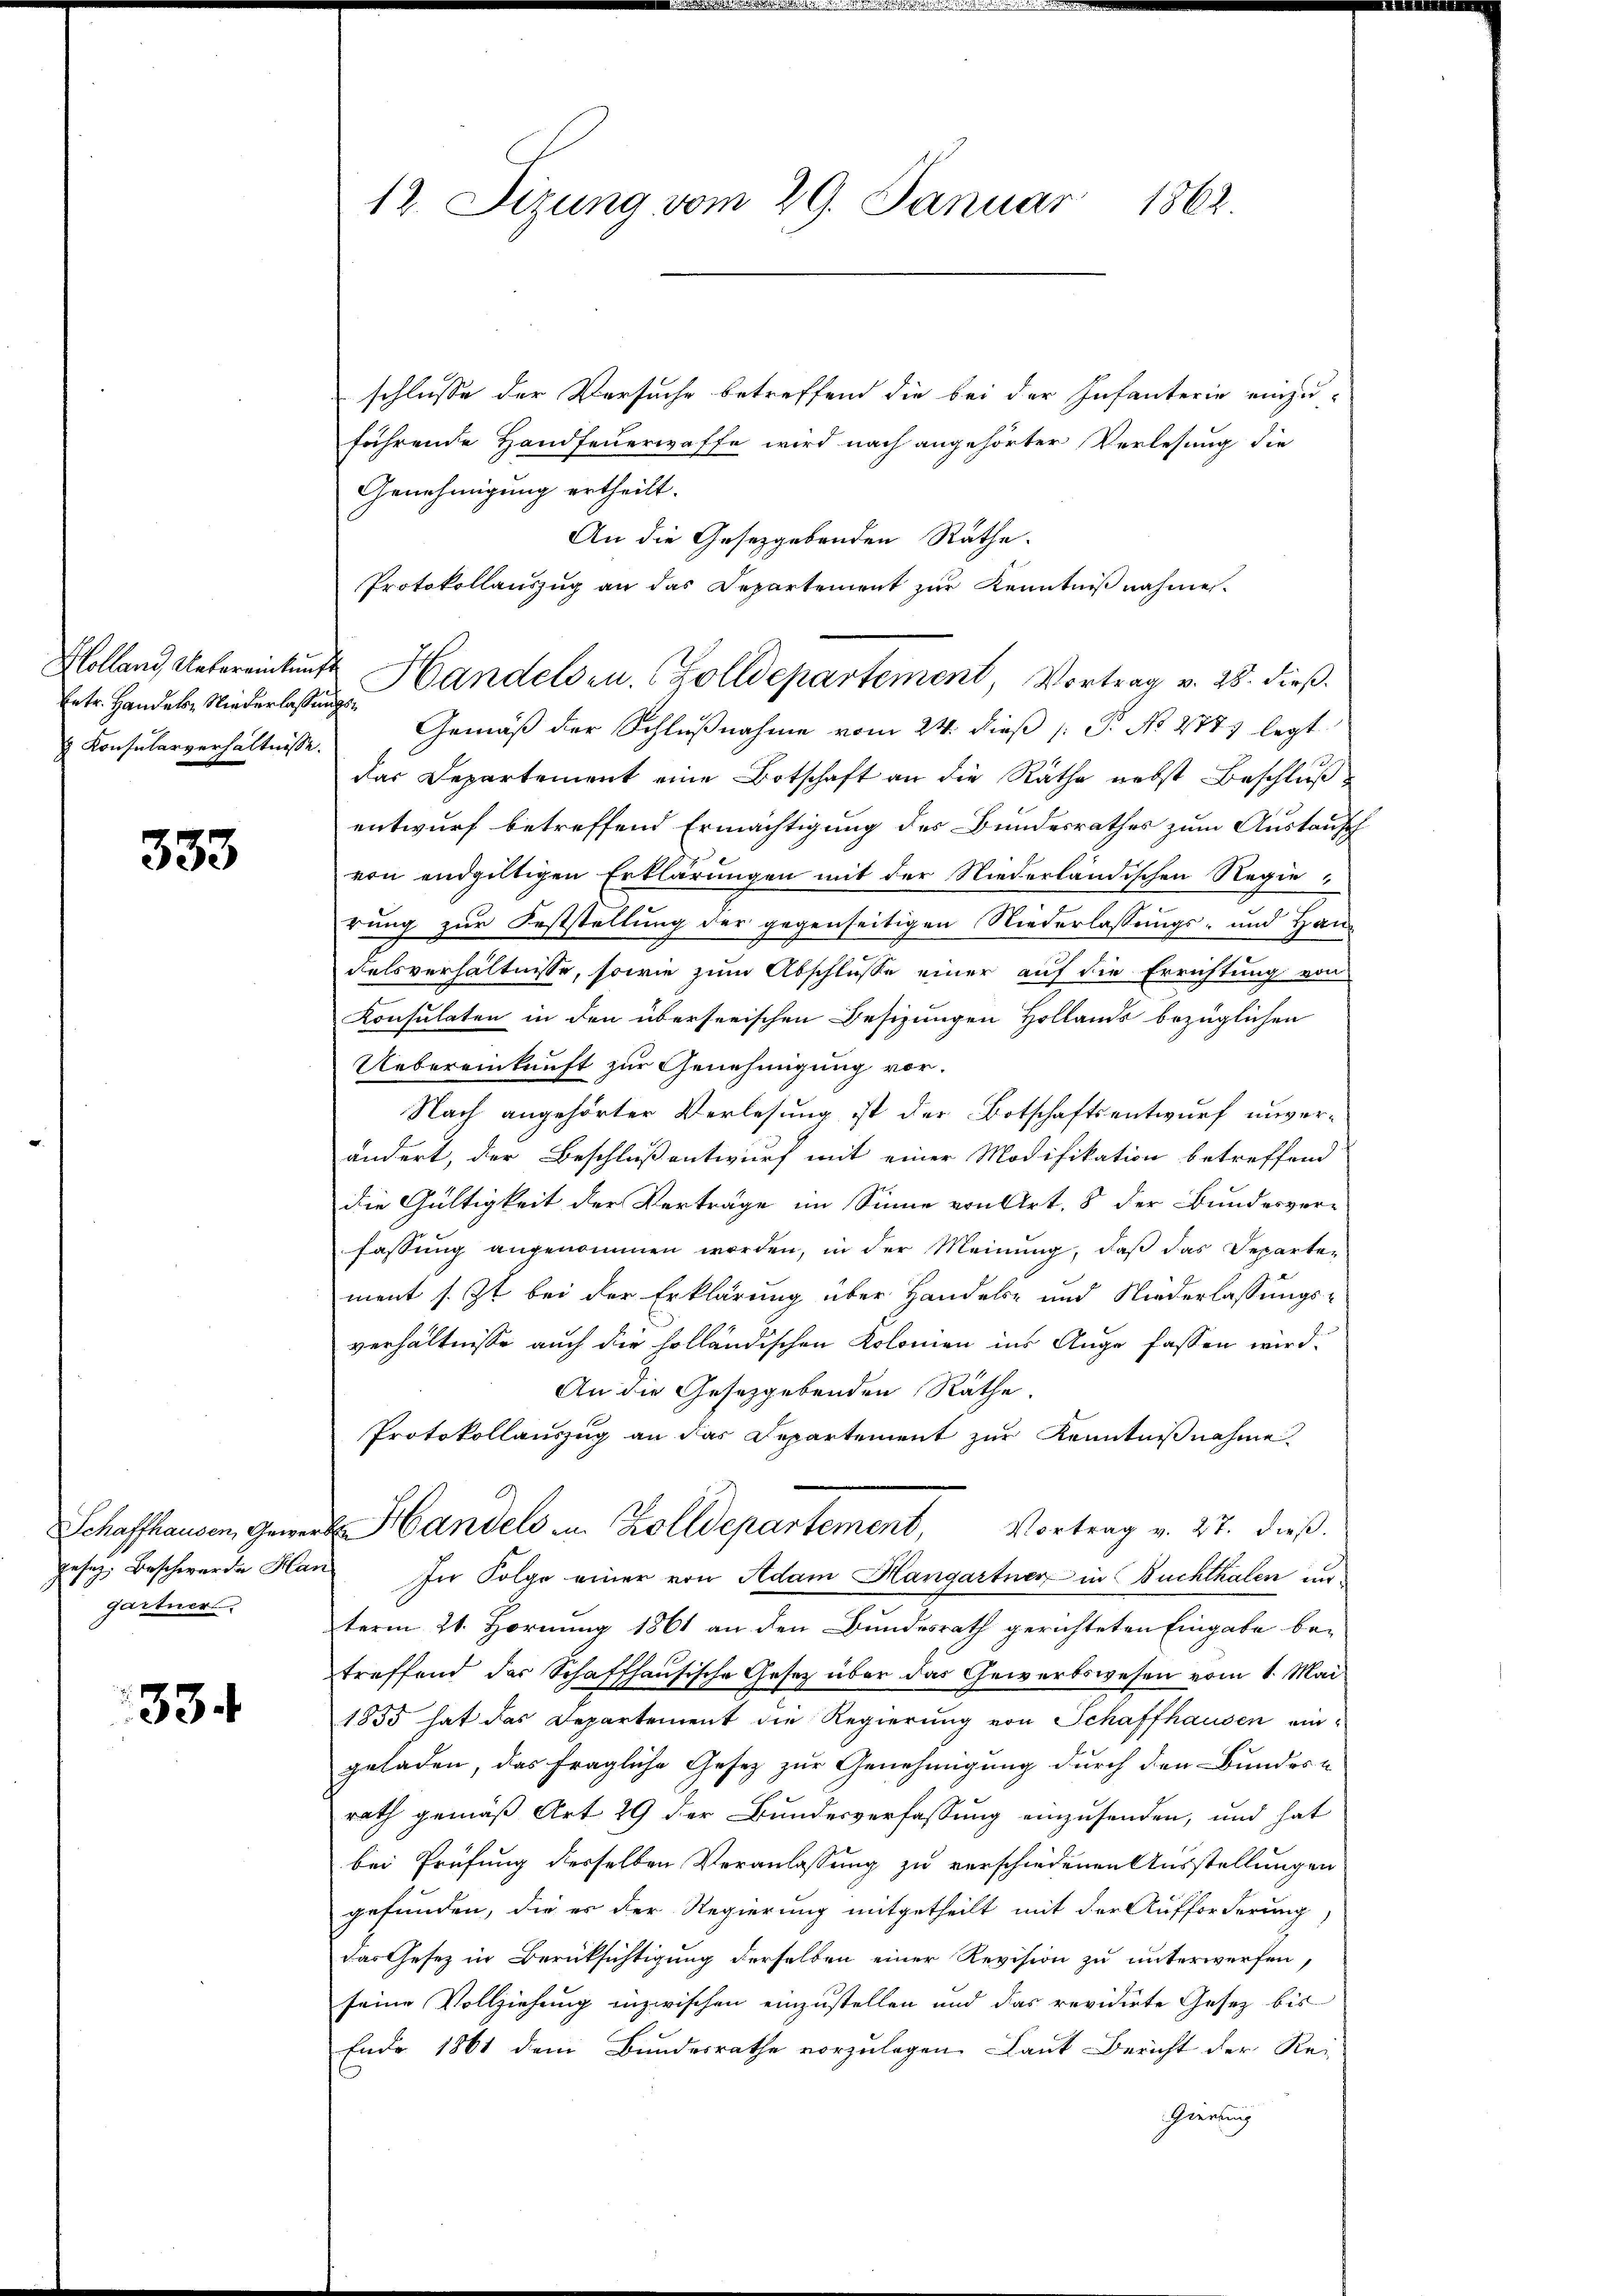
Holland Uebereinkung
Ertr. Handels Niederlassung
 Konsularverhältnisse.

333

Schaffhausen, Gewer
gesez Beschwerde Har
gartner

334

1863.
12. Sizung vom 29. Januar

schlusse der Versuche betreffend die bei der Infanterie einzu-
führende Handfeuerwaffe wird nach angehörter Verlesung die
Genehmigung ertheilt.
An die Gesetzgebenden Räthe.
Protokollauszug an das Departement zur Kenntnißnahmen.
hr
Gemäß der Schlußnahme vom 24. dieß P. No 2777 legt
das Departement eine Botschaft an die Räthe nebst Beschluß
entwurf betreffend Ermächtigung des Bundesrathes zum Austausch
von endgültigen Erklärungen mit der Niederländischen Regierung zur Feststellung der gegenseitigen Niederlassungs- und Han¬
Felsverhältnisse, sowie zum Abschlusse einer auf die Errichtung von
Konsulaten in den überseeischen Besizungen Hollands bezüglichen
Uebereinkunft zur Genehmigung vor¬
Nach angehörter Verlesung ist der Botschaftsentwurf unverändert, der Beschluß entwurf mit einer Modifikation betreffend
die Gültigkeit der Verträge im Sinne von Art. 8 der Bundesverfassŭng angenommen worden, in der Meinŭng, daβ das Departement s. Zt. bei der Erklärung über Handels- und Niederlassungs-
verhältnisse auch die holländischen Kolomen ins Auge fassen wird.
An die Gesetzgebenden Räthe.
Protokollauszug an das Departement zur Kenntnißnahme
Handels u. Zolldepartement, Vortrag v. 27. dieß.
In Folge einer von Adam Hangartner in Buchthalen un
term 21. Hornung 1861 an den Bundesrath gerichteten Eingabe be-
treffend der Schaffhausische Gesetz über das Gewerbswesen vom 1. Mai
1855 hat das Departement die Regierung von Schaffhausen ein
geladen, das fragliche Gesez zur Genehmigung durch den Bundes-
rath gemäß Art 29 der Bundesverfassung einzusenden, und hat
bei Prüfung desselben Veranlassung zu verschiedenen Ausstellungen
gefunden, die es der Regierung mitgetheilt mit der Aufforderung
das Gesetz in Berücksichtigung derselben einer Revision zu unterwerfen,
seine Vollziehung inzwischen einzustellen und das revidirte Gesetz bis
Ende 1861 dem Bundesrathe vorzulegen Laut Bericht der Re-
Geerbung

t Handelsen. (Zolldepartement, Vortrag v. 28. dieß.